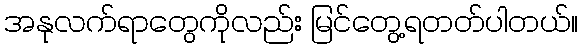
အနုလက်ရာတွေကိုလည်း မြင်တွေ့ရတတ်ပါတယ်။